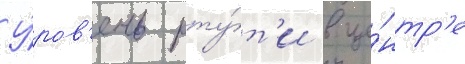
У́ров'ень рту́т'и в це́нтр'е